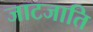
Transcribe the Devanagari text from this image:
जाटजाति